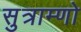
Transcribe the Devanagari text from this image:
सुत्राम्णो